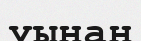
уынан